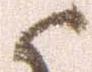
候